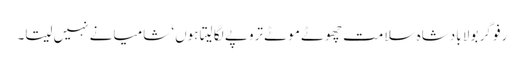
رفو گر بولا بادشاہ سلامت چھوٹے موٹے تروپے لگا لیتا ہوں‘ شامیانے نہیں سیتا۔